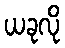
ယခုလို